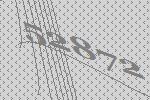
52872